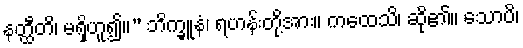
နတ္ထီတိ၊ မရှိဟူ၍။” ဘိက္ခူနံ၊ ရဟန်းတို့အား။ ကထေသိ၊ ဆို၏။ သောပိ၊